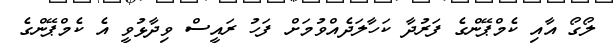
ލޯގޯ އާއި ކެމްޕޭންގެ ފަރުދާ ކަހާލަދެއްވުމަށް ފަހު ރައީސް ވިދާޅުވީ އެ ކެމްޕޭންގެ